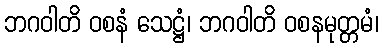
ဘဂဝါတိ ဝစနံ သေဋ္ဌံ၊ ဘဂဝါတိ ဝစနမုတ္တမံ၊